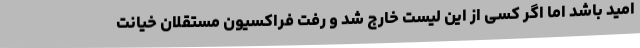
امید باشد اما اگر کسی از این لیست خارج شد و رفت فراکسیون مستقلان خیانت